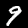
Label: 9